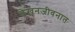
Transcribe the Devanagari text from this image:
लेखनजीवनात